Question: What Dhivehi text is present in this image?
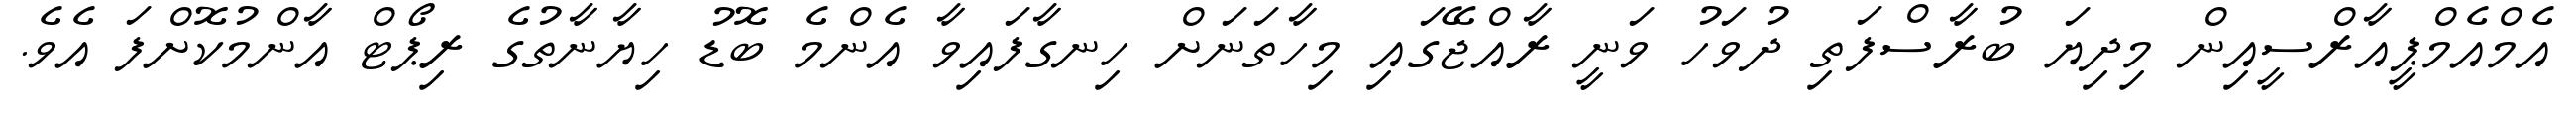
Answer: އެމްއެމްޕީއާރްސީއިން މިދިޔަ ބުރާސްފަތި ދުވަހު ވަނީ ރާއްޖޭގައި މިހާތަނަށް ހިނގާފައިވާ އެންމެ ބޮޑު ހިޔާނާތުގެ ރިޕޯޓް އާންމުކޮށްފަ އެވެ.